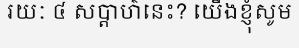
រយៈ ៤ សប្តាហ៌នេះ? យើងខ្ញុំសូម